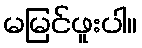
မမြင်ဖူးပါ။